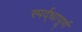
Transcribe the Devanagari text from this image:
स्पर्द्धापूर्ण